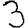
Digit: 3